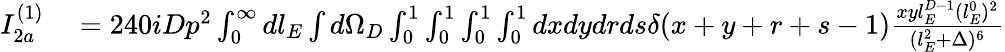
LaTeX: \begin{array}{rl}{I_{2a}^{(1)}}&{{}=240iDp^{2}\int_{0}^{\infty}dl_{E}\int d\Omega_{D}\int_{0}^{1}\int_{0}^{1}\int_{0}^{1}\int_{0}^{1}dxdydrds\delta(x+y+r+s-1)\frac{xyl_{E}^{D-1}(l_{E}^{0})^{2}}{(l_{E}^{2}+\Delta)^{6}}}\end{array}